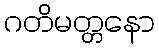
ဂတိမတ္တနော